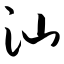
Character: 汕